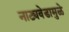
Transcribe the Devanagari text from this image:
नाट्यवेडामुळे